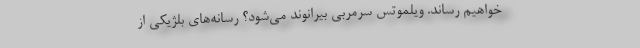
خواهیم رساند. ویلموتس سرمربی بیرانوند می‌شود؟ رسانه‌های بلژیکی از